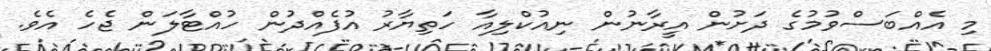
މި އެއްބަސްވުމުގެ ދަށުން އީރާނުން ނިއުކްލިއާ ހަތިޔާރު އުފެއްދުން ހުއްޓާލަން ޖެހެ އެވެ.